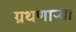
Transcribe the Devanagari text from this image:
ग्रथणाऱ्या